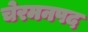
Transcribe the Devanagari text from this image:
चेरमनपद